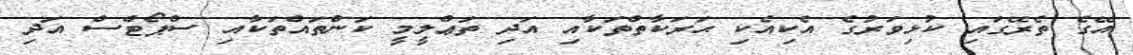
އޭގެ ތެރޭގައި ކުޅިވަރުގެ އެކިއެކި ޙަރަކާތްތަކާއި އަދި ތަޢްލީމީ ކަންތައްތަކާއި ސްޕޯޓްސް އަދި